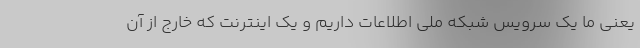
یعنی ما یک سرویس شبکه ملی اطلاعات داریم و یک اینترنت که خارج از آن